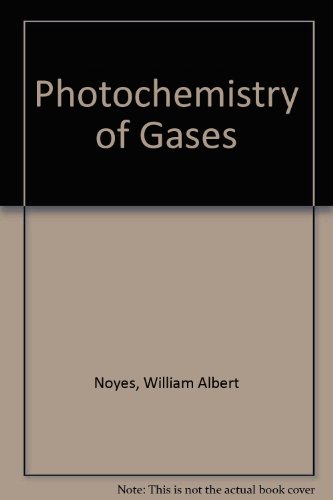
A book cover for Photochemistry of Gases; William Albert Noyes; Science & Math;